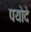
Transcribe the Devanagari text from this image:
पयोदे